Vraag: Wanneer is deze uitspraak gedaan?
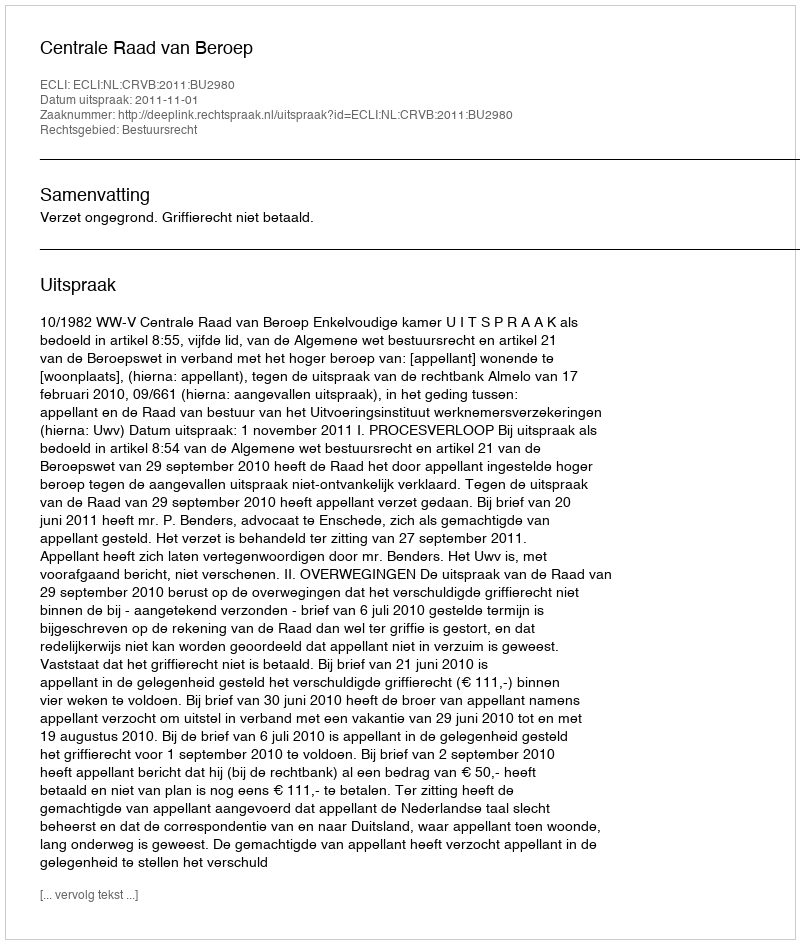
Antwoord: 2011-11-01